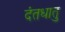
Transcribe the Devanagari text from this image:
दंतधातु